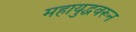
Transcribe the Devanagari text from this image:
महायुद्धवरून